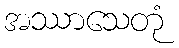
အဿာသေတုံ